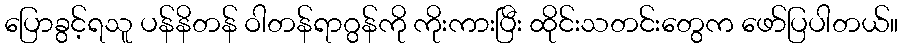
ပြောခွင့်ရသူ ပန်နိတန် ဝါတန်ရာဂွန်ကို ကိုးကားပြီး ထိုင်းသတင်းတွေက ဖော်ပြပါတယ်။